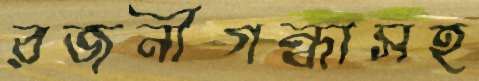
রজনীগন্ধাসহ